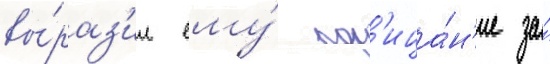
вы́раз'ил ему́ пор'ица́н'ие за́